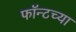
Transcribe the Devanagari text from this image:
फॉन्टच्या